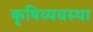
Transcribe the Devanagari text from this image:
कृषिव्‍यवस्था